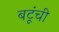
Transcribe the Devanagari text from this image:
बटूंची